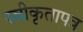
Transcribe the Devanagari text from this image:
स्वीकृतापत्र